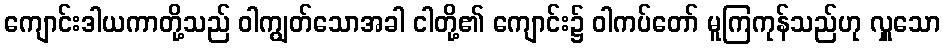
ကျောင်းဒါယကာတို့သည် ဝါကျွတ်သောအခါ ငါတို့၏ ကျောင်း၌ ဝါကပ်တော် မူကြကုန်သည်ဟု လှူသော